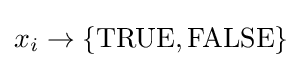
x_{i}\rightarrow \{{\text{TRUE}},{\text{FALSE}}\}